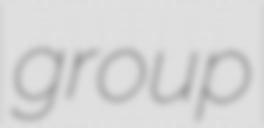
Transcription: group